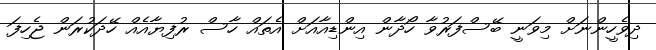
ދިވެހީންނަށް މިވަނީ ބޭސްފަރުވާ ހޯދާން އިންޑިއާއަށް އެތައް ހާސް ރުފިޔާއެއް ހޭދަކުރަން ޖެހިފަ